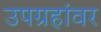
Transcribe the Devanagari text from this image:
उपग्रहांवर